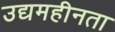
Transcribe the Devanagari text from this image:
उद्यमहीनता